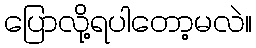
ပြောလို့ရပါတော့မလဲ။